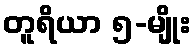
တူရိယာ ၅-မျိုး